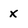
Character: x